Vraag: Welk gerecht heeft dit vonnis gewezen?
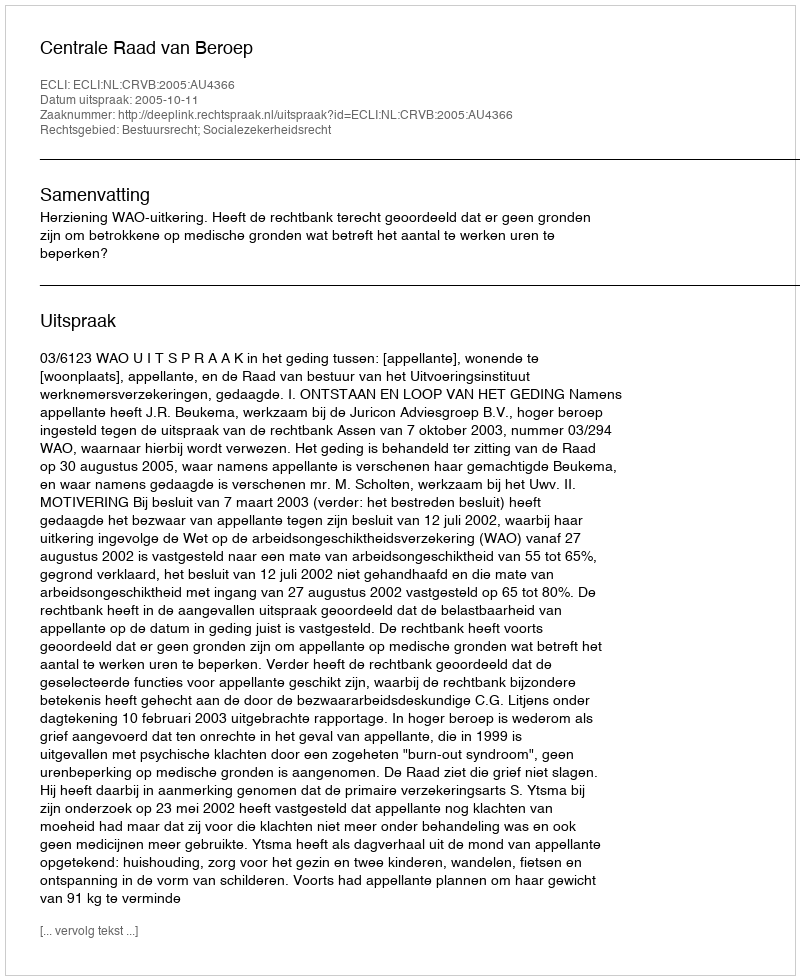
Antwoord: Centrale Raad van Beroep